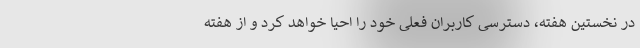
در نخستین هفته، دسترسی کاربران فعلی خود را احیا خواهد کرد و از هفته